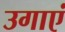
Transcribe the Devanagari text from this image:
उगाएं